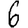
Digit: 6